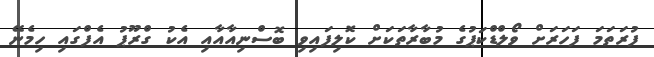
ފުރަތަމަ ފަހަރަށް ވޯލްޑްކަޕުގެ މުބާރާތަކަށް ކޮލިފައިވި ބޮސްނިއާއާއި އެކު ގްރޫޕު އެފްގައި ހިމެނޭ